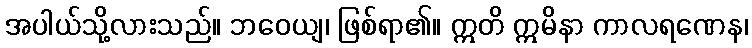
အပါယ်သို့လားသည်။ ဘဝေယျ၊ ဖြစ်ရာ၏။ ဣတိ ဣမိနာ ကာလရဏေန၊